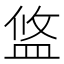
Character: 𥁮